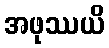
အဖုဿယိ